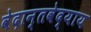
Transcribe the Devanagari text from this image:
वेदान्तवेद्याय